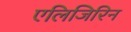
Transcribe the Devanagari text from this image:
एलिजिरिन